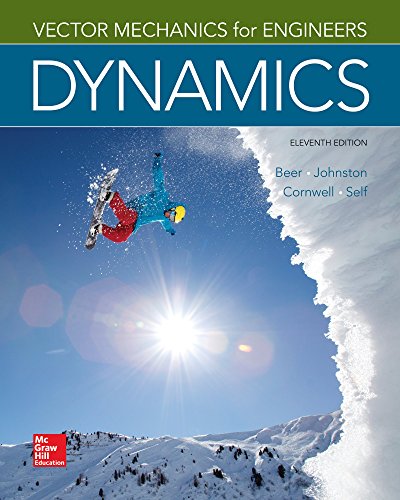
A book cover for Vector Mechanics for Engineers: Dynamics; Ferdinand Beer; Science & Math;